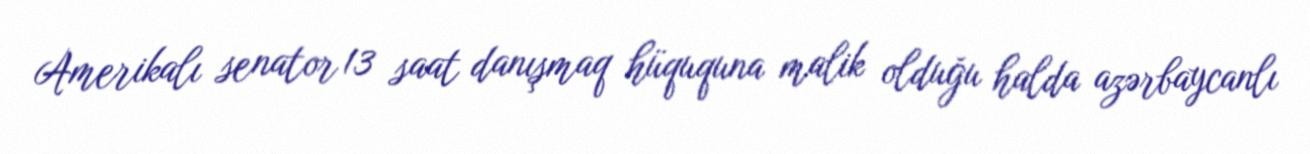
Amerikalı senator 13 saat danışmaq hüququna malik olduğu halda azərbaycanlı